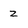
Character: Z